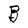
Character: B